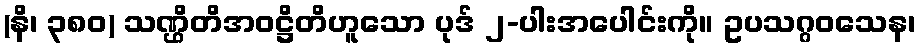
(နိ၊ ၃၈၀) သဏ္ဌိတိအဝဋ္ဌိတိဟူသော ပုဒ် ၂-ပါးအပေါင်းကို။ ဥပသဂ္ဂဝသေန၊